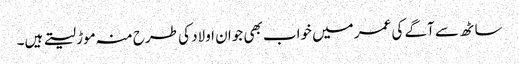
ساٹھ سے آگے کی عمر میں خواب بھی جوان اولاد کی طرح منہ موڑ لیتے ہیں۔